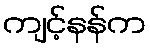
ကျင့်နန်က